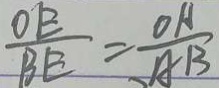
\frac { O E } { B E } = \frac { O A } { A B }